Civil Veterinary Dept. Bombay admin report 1900-1906 - 1900-1906
Year: 1900
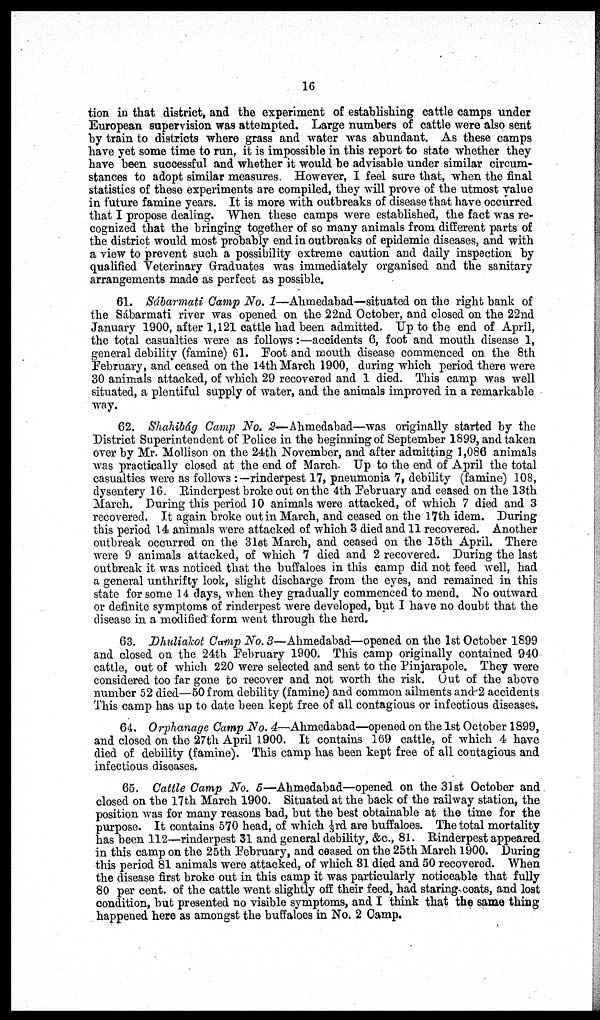
16
tion in that district, and the experiment of establishing cattle camps under
European supervision was attempted. Large numbers of cattle were also sent
by train to districts where grass and water was abundant. As these camps
have yet some time to run, it is impossible in this report to state whether they
have been successful and whether it would be advisable under similar circum-
stances to adopt similar measures. However, I feel sure that, when the final
statistics of these experiments are compiled, they will prove of the utmost value
in future famine years. It is more with outbreaks of disease that have occurred
that I propose dealing. When these camps were established, the fact was re-
cognized that the bringing together of so many animals from different parts of
the district would most probably end in outbreaks of epidemic diseases, and with
a view to prevent such a possibility extreme caution and daily inspection by
qualified Veterinary Graduates was immediately organised and the sanitary
arrangements made as perfect as possible.
61. Sábarmati Camp No. 1—Ahmedabad—situated on the right bank of
the Sábarmati river was opened on the 22nd October, and closed on the 22nd
January 1900, after 1,121 cattle had been admitted. Up to the end of April,
the total casualties were as follows:—accidents 6, foot and mouth disease 1,
general debility (famine) 61. Foot and mouth disease commenced on the 8th
February, and ceased on the 14th March 1900, during which period there were
30 animals attacked, of which 29 recovered and 1 died. This camp was well
situated, a plentiful supply of water, and the animals improved in a remarkable
way.
62. Shahibág Camp No. 2—Ahmedabad—was originally started by the
District Superintendent of Police in the beginning of September 1899, and taken
over by Mr. Mollison on the 24th November, and after admitting 1,086 animals
was practically closed at the end of March. Up to the end of April the total
casualties were as follows:—rinderpest 17, pneumonia 7, debility (famine) 108,
dysentery 16. Rinderpest broke out on the 4th February and ceased on the 13th
March. During this period 10 animals were attacked, of which 7 died and 3
recovered. It again broke out in March, and ceased on the 17th idem. During
this period 14 animals were attacked of which 3 died and 11 recovered. Another
outbreak occurred on the 31st March, and ceased on the 15th April. There
were 9 animals attacked, of which 7 died and 2 recovered. During the last
outbreak it was noticed that the buffaloes in this camp did not feed well, had
a general unthrifty look, slight discharge from the eyes, and remained in this
state for some 14 days, when they gradually commenced to mend. No outward
or definite symptoms of rinderpest were developed, but I have no doubt that the
disease in a modified form went through the herd.
63. Dhuliakot Camp No. 3—Ahmedabad—opened on the 1st October 1899
and closed on the 24th February 1900. This camp originally contained 940
cattle, out of which 220 were selected and sent to the Pinjarapole. They were
considered too far gone to recover and not worth the risk. Out of the above
number 52 died—50 from debility (famine) and common ailments and 2 accidents
This camp has up to date been kept free of all contagious or infectious diseases.
64. Orphanage Camp No. 4—Ahmedabad—opened on the 1st October 1899,
and closed on the 27th April 1900. It contains 169 cattle, of which 4 have
died of debility (famine). This camp has been kept free of all contagious and
infectious diseases.
65. Cattle Camp No. 5—Ahmedabad—opened on the 31st October and
closed on the 17th March 1900. Situated at the back of the railway station, the
position was for many reasons bad, but the best obtainable at the time for the
purpose. It contains 570 head, of which 1/3rd are buffaloes. The total mortality
has been 112—rinderpest 31 and general debility, &c, 81. Rinderpest appeared
in this camp on the 25th February, and ceased on the 25th March 1900. During
this period 81 animals were attacked, of which 31 died and 50 recovered. When
the disease first broke out in this camp it was particularly noticeable that fully
80 per cent. of the cattle went slightly off their feed, had staring coats, and lost
condition, but presented no visible symptoms, and I think that the same thing
happened here as amongst the buffaloes in No. 2 Camp.